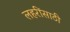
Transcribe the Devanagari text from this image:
लहरींसाठी